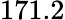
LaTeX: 171.2